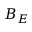
B _ { E }